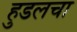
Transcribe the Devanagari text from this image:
हुडलचा